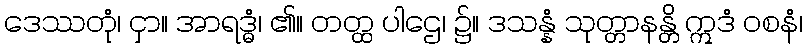
ဒေဿတုံ၊ ငှာ။ အာရဒ္ဓံ၊ ၏။ တတ္ထ ပါဌေ၊ ၌။ ဒသန္နံ သုတ္တာနန္တိ ဣဒံ ဝစနံ၊